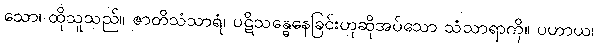
သော၊ ထိုသူသည်။ ဇာတိသံသာရံ၊ ပဋိသန္ဓေနေခြင်းဟုဆိုအပ်သော သံသာရာကို။ ပဟာယ၊